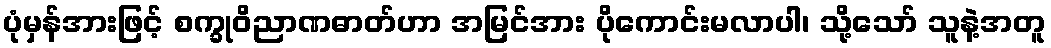
ပုံမှန်အားဖြင့် စက္ခုဝိညာဏဓာတ်ဟာ အမြင်အား ပိုကောင်းမလာပါ၊ သို့သော် သူနဲ့အတူ